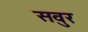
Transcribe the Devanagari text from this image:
सवुर